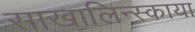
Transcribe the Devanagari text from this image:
साखालिन्स्काया